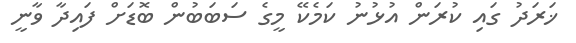
ޚަރަދު ގައި ކުރަން އުޅުނު ކަމެކޭ މީގެ ސަބަބުން ބޮޑަށް ފައިދާ ވާނީ